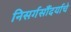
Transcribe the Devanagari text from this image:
निसर्गसौंदर्याचे